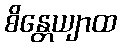
စိန္တေယျာထ